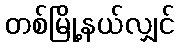
တစ်မြို့နယ်လျှင်